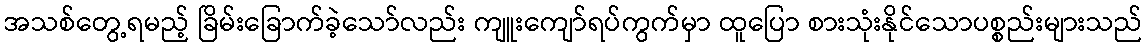
အသစ်တွေ့ရမည့် ခြိမ်းခြောက်ခဲ့သော်လည်း ကျူးကျော်ရပ်ကွက်မှာ ထူပြော စားသုံးနိုင်သောပစ္စည်းများသည်